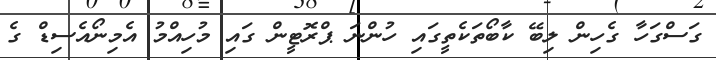
ގަސްގަހާ ގެހިން ލިބޭ ކާބޯތަކެތީގައި ހުންނަ ޕްރޮޓީން ގައި މުހިއްމު އެމިނޯއެސިޑް ގެ